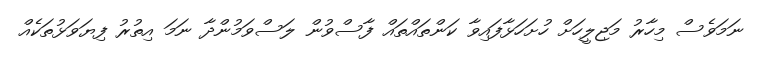
ނަމަވެސް މިހާރު މަޖިލީހަށް ހުށަހަޅާފައިވާ ކަންތައްތައް ފާސްވުން ލަސްވަމުންދާ ނަމަ އިތުރު ފިޔަވަޅުތަކެއް